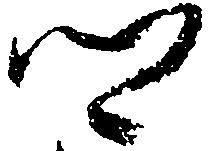
卿